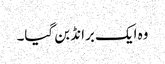
وہ ایک برانڈ بن گیا۔